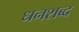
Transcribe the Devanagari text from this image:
धनशब्द